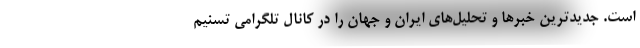
است. جدیدترین خبرها و تحلیل‌های ایران و جهان را در کانال تلگرامی تسنیم